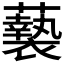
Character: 𮒸